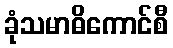
ခုံသမာဓိကောင်စီ